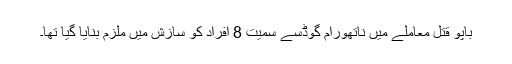
باپو قتل معاملے میں ناتھورام گوڈسے سمیت 8 افراد کو سازش میں ملزم بنایا گیا تھا۔